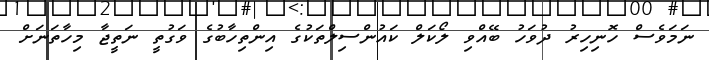
ނަމަވެސް ހޮނިހިރު ދުވަހު ބޭއްވި ލޯކަލް ކައުންސިލްތަކުގެ އިންތިހާބުގެ ވަގުތީ ނަތީޖާ މިހާތަނަށް